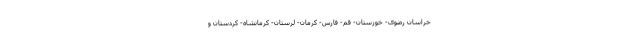
خراسان رضوی- خوزستان- قم- فارس- کرمان- لرستان- کرمانشاه- کردستان و